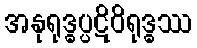
အနုရုဒ္ဓပ္ပဋိဝိရုဒ္ဓဿ